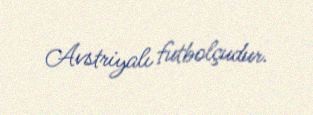
Avstriyalı futbolçudur.